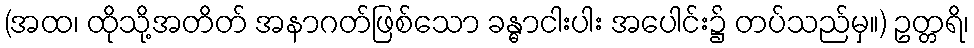
(အထ၊ ထိုသို့အတိတ် အနာဂတ်ဖြစ်သော ခန္ဓာငါးပါး အပေါင်း၌ တပ်သည်မှ။) ဥတ္တရိ၊